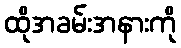
ထိုအခမ်းအနားကို